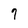
Character: 7